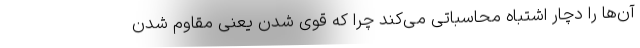
آن‌ها را دچار اشتباه محاسباتی می‌کند چرا که قوی شدن یعنی مقاوم شدن